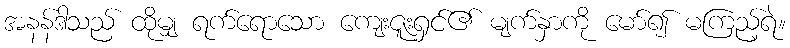
အနန်ဒါသည် ထိုမျှ ရက်ရောသော ကျေးဇူးရှင်၏ မျက်နှာကို မော်၍ မကြည့်ရဲ။